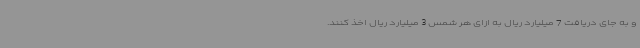
و به جای دریافت 7 میلیارد ریال به ازای هر شمس 3 میلیارد ریال اخذ کنند.